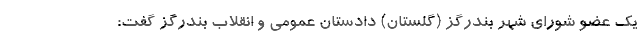
یک عضو شورای شهر بندرگز (گلستان) دادستان عمومی و انقلاب بندرگز گفت: